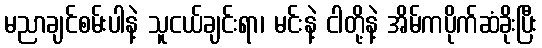
မညာချင်စမ်းပါနဲ့ သူငယ်ချင်းရာ၊ မင်းနဲ့ ငါတို့နဲ့ အိမ်ကပိုက်ဆံခိုးပြီး